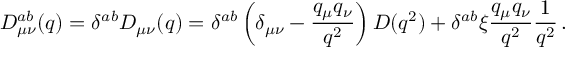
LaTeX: D _ { \mu \nu } ^ { a b } ( q ) = \delta ^ { a b } D _ { \mu \nu } ( q ) = \delta ^ { a b } \left( \delta _ { \mu \nu } - \frac { q _ { \mu } q _ { \nu } } { q ^ { 2 } } \right) D ( q ^ { 2 } ) + \delta ^ { a b } \xi \frac { q _ { \mu } q _ { \nu } } { q ^ { 2 } } \frac { 1 } { q ^ { 2 } } \, .